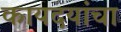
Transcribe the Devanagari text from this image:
कायदयांचा